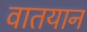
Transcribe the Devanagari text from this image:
वातयान